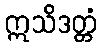
ဣသိဒတ္တံ